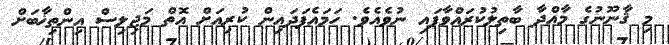
މި ޤާނޫނުގެ މާއްދާ ބާތިލުކުރައްވާފައި ނުވެއެވެ. ހަމައެފަދައިން ކުރިއަށް އޮތް މަޖިލިސް އިންތިޚާބަށް